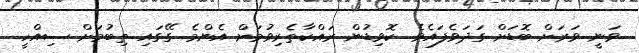
ވަނީ ވަރަށް ބޮޑަށް ގަދަވެފައެވެ. ކޮވިޑުން ރައްކާތެރިވުމަށް އެންމެ ގޭގައި ތިބުމަށް ސިއްހީ